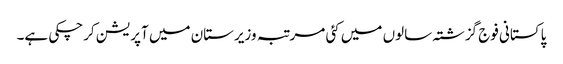
پاکستانی فوج گزشتہ سالوں میں کئی مرتبہ وزیرستان میں آپریشن کرچکی ہے۔